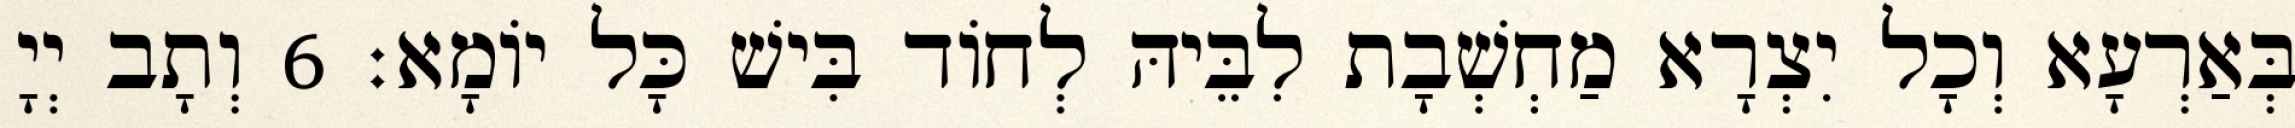
בְּאַרְעָא וְכָל יִצְרָא מַחְשְׁבָת לִבֵּיהּ לְחוֹד בִּישׁ כָּל יוֹמָא׃ 6 וְתָב יְיָ